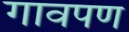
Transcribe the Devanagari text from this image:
गावपण